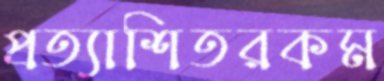
প্রত্যাশিতরকম